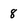
Character: 8